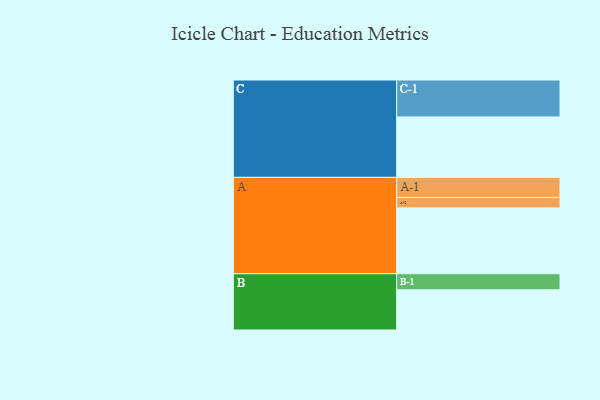
{"axis": {"x": "Segment", "y": "Value"}, "legend": ["", "A", "B", "C"], "data": [{"x": "A", "y": 511, "type": ""}, {"x": "B", "y": 312, "type": ""}, {"x": "C", "y": 469, "type": ""}, {"x": "A-1", "y": 156, "type": "A"}, {"x": "A-2", "y": 81, "type": "A"}, {"x": "B-1", "y": 125, "type": "B"}, {"x": "C-1", "y": 287, "type": "C"}]}